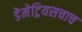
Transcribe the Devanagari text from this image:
डेमेट्रियसचाच